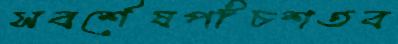
সবর্শেষপাঁচশতব